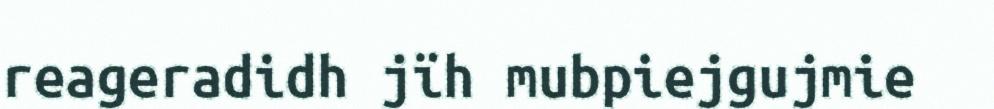
reageradidh jïh mubpiejgujmie